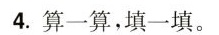
4.算一算，填一填。